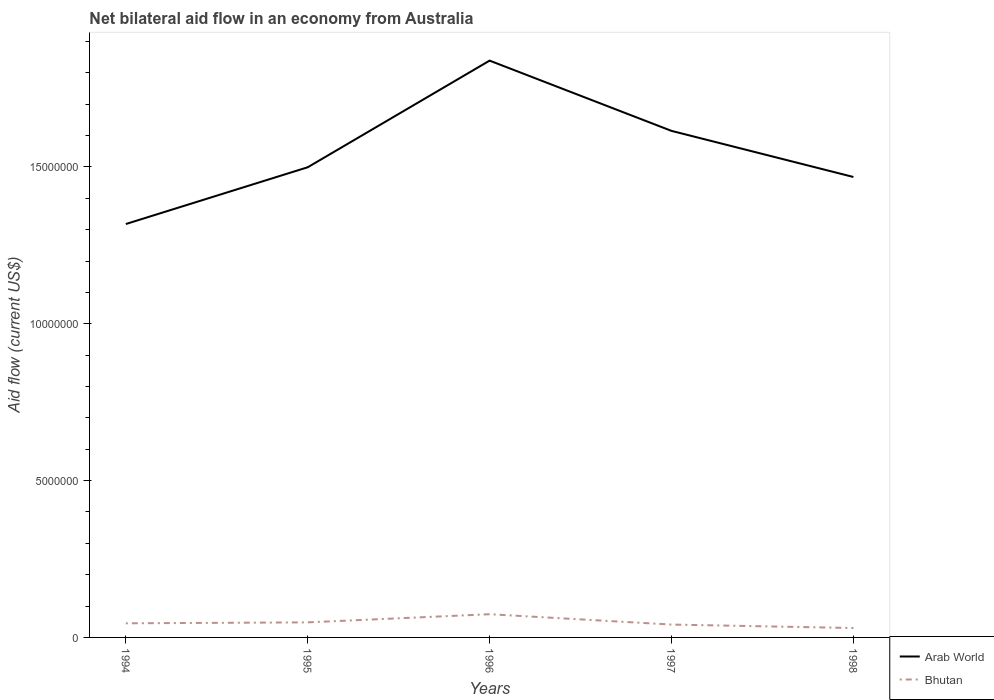
| Years | Arab World | Bhutan |
 | --- | --- | --- |
 | 1994 | 1.32e+07 | 4.5e+05 |
 | 1995 | 1.5e+07 | 4.8e+05 |
 | 1996 | 1.84e+07 | 7.4e+05 |
 | 1997 | 1.62e+07 | 4.1e+05 |
 | 1998 | 1.47e+07 | 3e+05 |